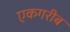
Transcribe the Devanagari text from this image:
एकगरीब